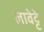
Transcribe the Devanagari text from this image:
लावेट्टे